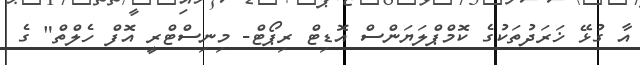
އާ ގުޅޭ ޚަރަދުތަކުގެ ކޮމްޕްލަޔަންސް އޮޑިޓް ރިޕޯޓް- މިނިސްޓްރީ އޮފް ހެލްތް" ގެ